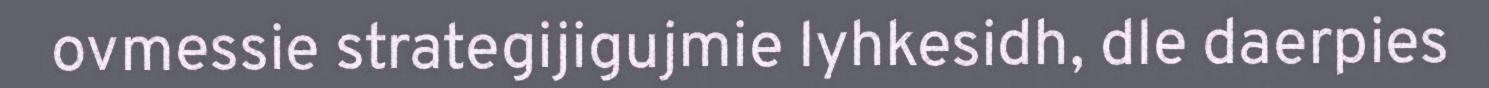
ovmessie strategijigujmie lyhkesidh, dle daerpies